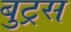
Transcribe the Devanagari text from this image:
बुट्रस